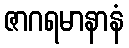
ဇာဂရမာနာနံ